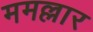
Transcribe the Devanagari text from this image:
ममल्लार